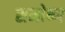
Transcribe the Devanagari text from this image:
समोष्ण